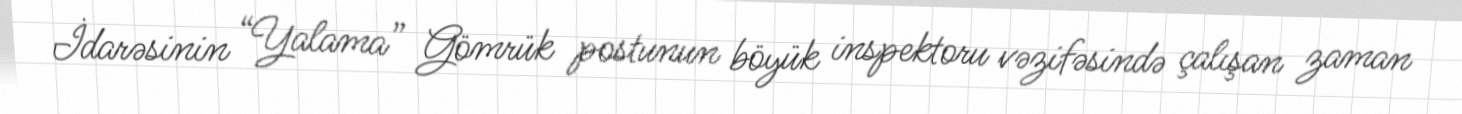
İdarəsinin “Yalama” Gömrük postunun böyük inspektoru vəzifəsində çalışan zaman